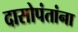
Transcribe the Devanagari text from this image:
दासोपंतांना